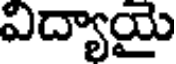
విద్యాయై